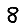
Digit: 8